Indian journal of veterinary science and animal husbandry - Volumes 18-21, 1948-1951
Year: 1948
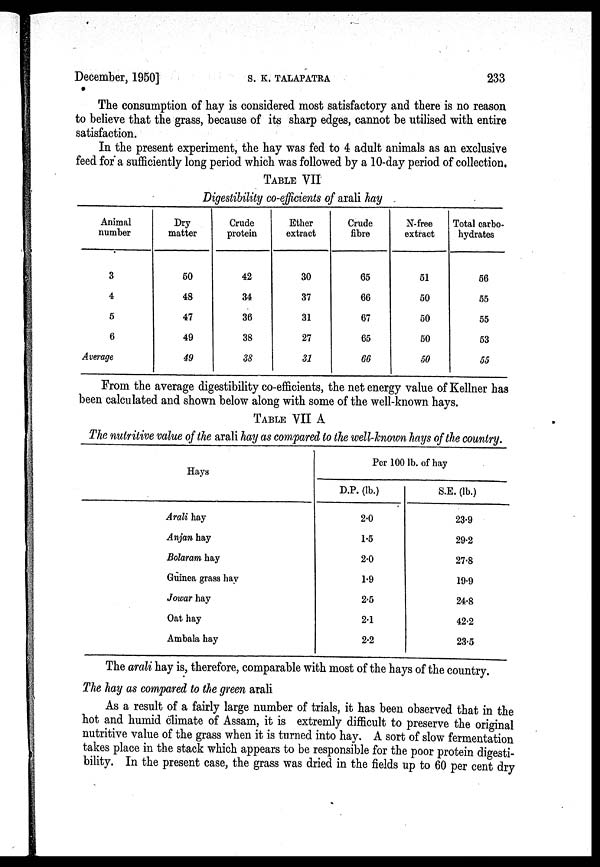
December, 1950]
S.
K.
TALAPATRA
233
The consumption of hay is considered most satisfactory and there is no reason
to believe that the grass, because of its sharp edges, cannot be utilised with entire
satisfaction.
In the present experiment, the hay was fed to 4 adult animals as an exclusive
feed for a sufficiently long period which was followed by a 10-day period of collection.
TABLE VII
Digestibility co-efficients of arali hay
Animal
number
3
4
5
6
Average
Dry
matter
50
48
47
49
49
Crude
protein
42
34
36
38
38
Ether
extract
30
37
31
27
31
Crude
fibre
65
66
67
65
66
N-free
extract
51
50
50
50
50
Total carbo-
hydrates
56
55
55
53
55
From the average digestibility co-efficients, the net energy value of Kellner has
been calculated and shown below along with some of the well-known hays.
TABLE VII A
The nutritive value of the arali hay as compared to the well-known hays of the country.
Hays
Arali hay
Anjan hay
Bolaram hay
Guinea grass hay
Jowar hay
Oat hay
Ambala hay
Per 100 lb. of hay
D.P. (lb.)
2.0
1.5
2.0
1.9
2.5
2.1
2.2
S.E. (lb.)
23.9
29.2
27.8
19.9
24.8
42.2
23.5
The arali hay is, therefore, comparable with most of the hays of the country.
The hay as compared to the green arali
As a result of a fairly large number of trials, it has been observed that in the
hot and humid climate of Assam, it is extremly difficult to preserve the original
nutritive value of the grass when it is turned into hay. A sort of slow fermentation
takes place in the stack which appears to be responsible for the poor protein digesti-
bility. In the present case, the grass was dried in the fields up to 60 per cent dry